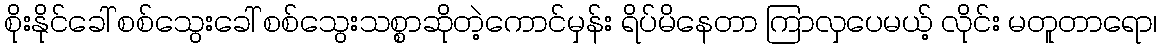
စိုးနိုင်ခေါ် စစ်သွေးခေါ် စစ်သွေးသစ္စာဆိုတဲ့ကောင်မှန်း ရိပ်မိနေတာ ကြာလှပေမယ့် လိုင်း မတူတာရော၊